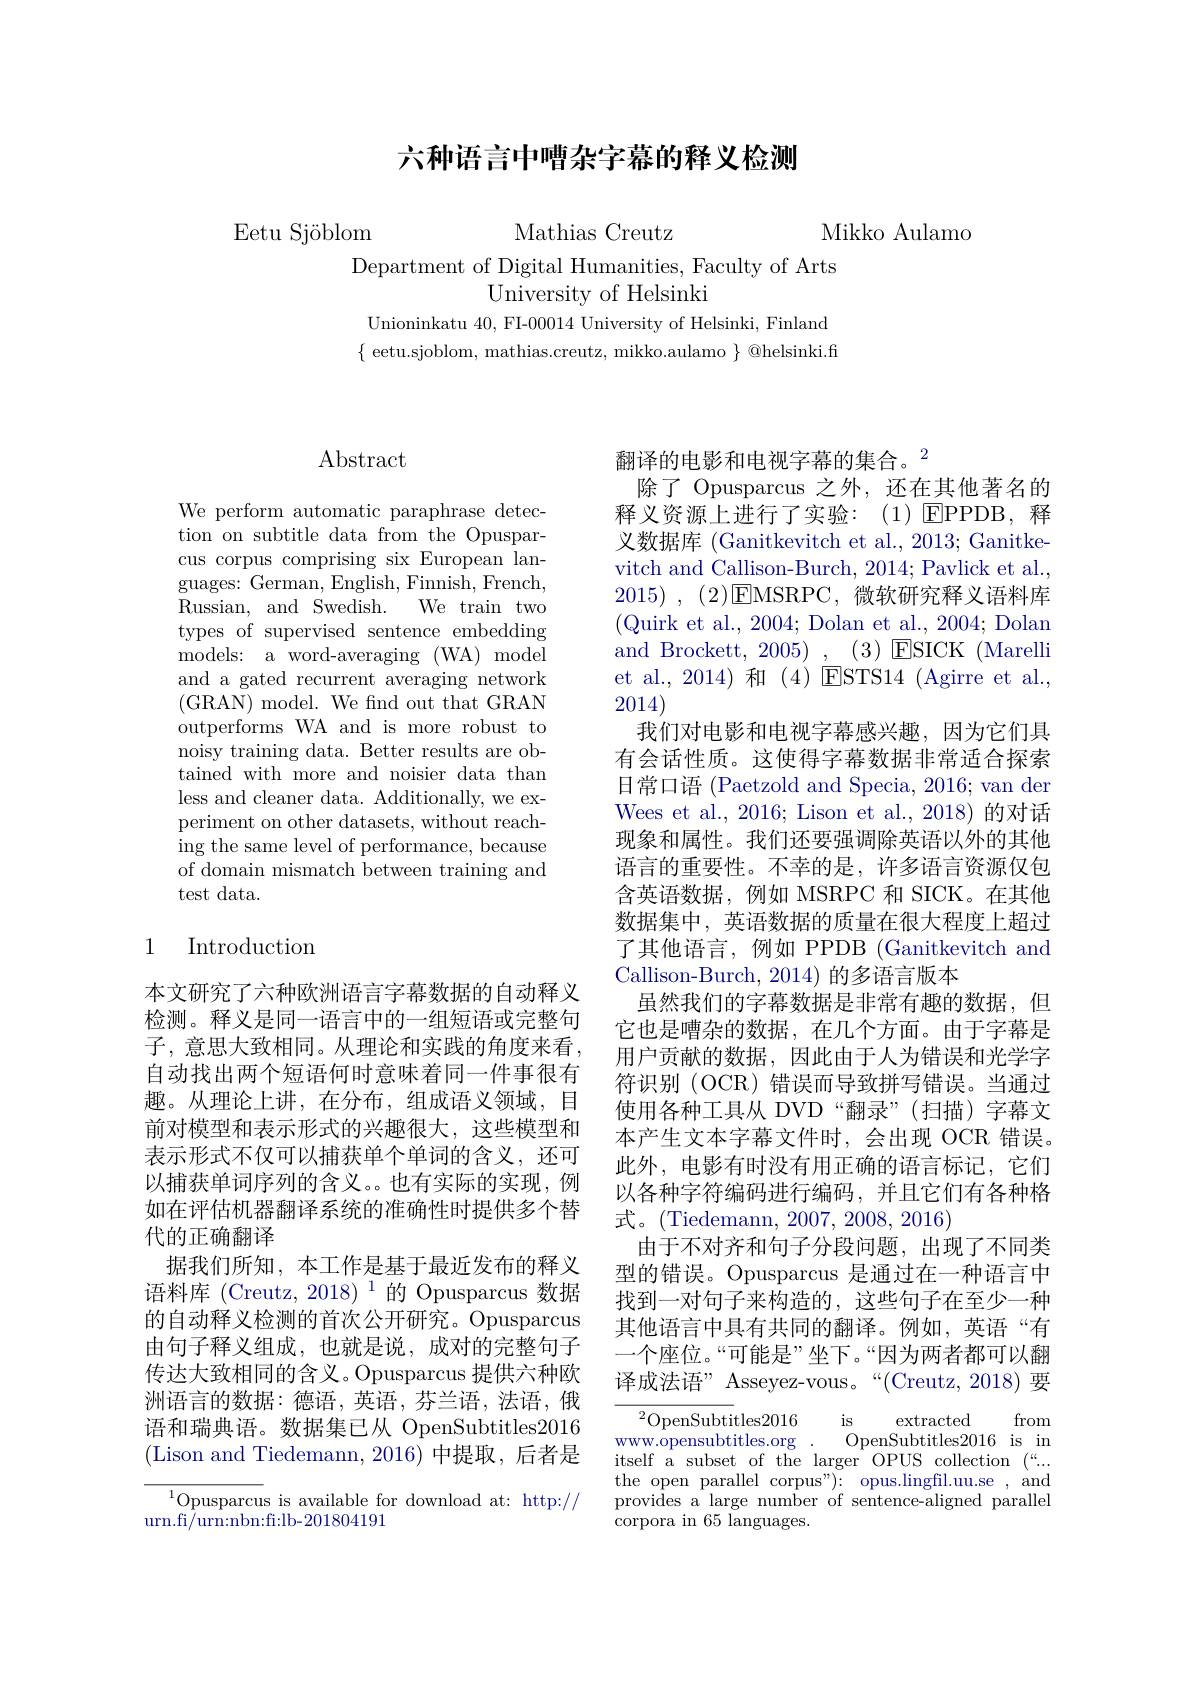
# 六种语言中嘈杂字幕的释义检测

Mikko Aulamo

Eetu Sjöblom

Mathias Creutz

Department of Digital Humanities, Faculty of Arts
University of Helsinki

Unioninkatu 40, FI-00014 University of Helsinki, Finland $\{$ eetu.sjoblom, mathias.creutz, mikko.aulamo $\}$@helsinki.fi

## $\operatorname{Abstract}$

We perform automatic paraphrase detection on subtitle data from the Opusparcus corpus comprising six European languages: German, English, Finnish, French, Russian, and Swedish. We train two types of supervised sentence embedding models: a word-averaging (WA) model and a gated recurrent averaging network (GRAN) model. We fnd out that GRAN outperforms WA and is more robust to noisy training data. Better results are obtained with more and noisier data than less and cleaner data. Additionally, we experiment on other datasets, without reaching the same level of performance, because of domain mismatch between training and test data.

## 1 Introduction

本文研究了六种欧洲语言字幕数据的自动释义检测。释义是同一语言中的一组短语或完整句子，意思大致相同。从理论和实践的角度来看， 自动找出两个短语何时意味着同一件事很有趣。从理论上讲，在分布，组成语义领域，目前对模型和表示形式的兴趣很大，这些模型和表示形式不仅可以捕获单个单词的含义，还可以捕获单词序列的含义。也有实际的实现，例如在评估机器翻译系统的准确性时提供多个替代的正确翻译
据我们所知，本工作是基于最近发布的释义语料库 (Creutz, 2018) $^1$的 Opusparcus 数据的自动释义检测的首次公开研究。Opusparcus 由句子释义组成，也就是说，成对的完整句子传达大致相同的含义。Opusparcus 提供六种欧洲语言的数据：德语，英语，芬兰语，法语，俄语和瑞典语。数据集已从 OpenSubtitles2016 (Lison and Tiedemann, 2016)中提取，后者是

${}^{1}\underset{c}{\operatorname*{\text{Opusparcus is available for download at: http://}}}$
$\operatorname{urn.fi/urn:nbn:fi:lb-201804191}$

翻译的电影和电视字幕的集合。$^{2}$
除了 Opusparcus 之外，还在其他著名的释义资源上进行了实验：(1)▣PPDB, 释义数据库 (Ganitkevitch et al., 2013; Ganitkevitch and Callison-Burch, 2014; Pavlick et al., 2015) , (2)EMSRPC,微软研究释义语料库(Quirk et al., 2004; Dolan et al., 2004; Dolan and Brockett, 2005) , (3) ESICK (Marelli et al., 2014)和(4)ESTS14(Agirre et al., 2014)
我们对电影和电视字幕感兴趣，因为它们具有会话性质。这使得字幕数据非常适合探索日常口语 (Paetzold and Specia, 2016; van der Wees et al., 2016; Lison et al., 2018) 的对话现象和属性。我们还要强调除英语以外的其他语言的重要性。不幸的是，许多语言资源仅包含英语数据，例如 MSRPC 和 SICK。在其他数据集中，英语数据的质量在很大程度上超过了其他语言，例如 PPDB (Ganitkevitch and Callison-Burch, 2014) 的多语言版本
虽然我们的字幕数据是非常有趣的数据，但它也是嘈杂的数据，在几个方面。由于字幕是用户贡献的数据，因此由于人为错误和光学字符识别 (OCR) 错误而导致拼写错误。当通过使用各种工具从 DVD“翻录”(扫描)字幕文本产生文本字幕文件时，会出现 OCR 错误。此外，电影有时没有用正确的语言标记，它们以各种字符编码进行编码，并且它们有各种格式。(Tiedemann,2007,2008,2016)
由于不对齐和句子分段问题，出现了不同类型的错误。Opusparcus 是通过在一种语言中找到一对句子来构造的，这些句子在至少一种其他语言中具有共同的翻译。例如，英语“有一个座位。“可能是”坐下。“因为两者都可以翻译成法语” Asseyez-vous。“(Creutz,2018)要
${}^2$OpenSubtitles2016
$is$
extracted
from

$\hat{\text{ww.opensubtitles.org}}$
OpenSubtitles2016 is in
itself a subset of the larger OPUS collection $\binom{“}...$ the open parallel corpus"): opus.lingfil.uu.se , and provides a large number of sentence-aligned parallel corpora in 65 languages.